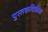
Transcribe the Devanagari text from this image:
पुस्तकविक्रीला